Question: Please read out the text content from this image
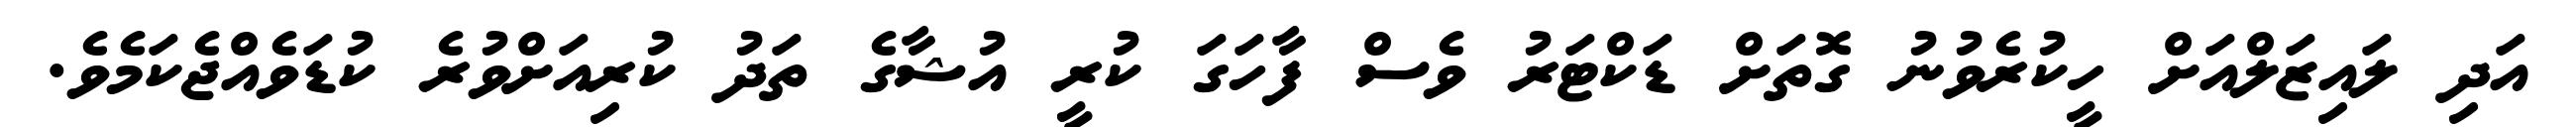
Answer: އަދި ލައިޒަލްއަށް ހީކުރެވުނު ގޮތަށް ޑަކްޓަރު ވެސް ފާހަގަ ކުރީ އުޝާގެ ތަދު ކުރިއަށްވުރެ ކުޑަވެއްޖެކަމެވެ.